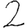
Digit: 2